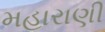
મહારાણી